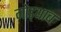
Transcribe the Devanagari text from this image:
गोड्थाब